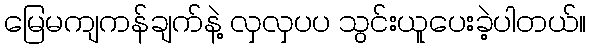
မြေမကျကန်ချက်နဲ့ လှလှပပ သွင်းယူပေးခဲ့ပါတယ်။